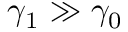
\gamma _ { 1 } \gg \gamma _ { 0 }